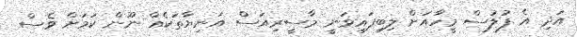
އަދި އެ ފުލުސް މީހާއަށް ލިބިފައިވަނީ މާސީރިއަސް އަނިޔާތަކެއް ނޫން ކަމަށް ވެސް